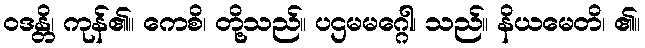
ဝဒန္တိ၊ ကုန်၏။ ကေစိ၊ တို့သည်။ ပဌမမဂ္ဂေါ၊ သည်။ နိယမေတိ၊ ၏။